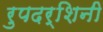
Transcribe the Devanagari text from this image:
रुपदर्शिनी